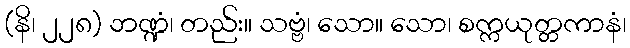
(နိ၊ ၂၂၈) ဘဏ္ဍံ၊ တည်း။ သဗ္ဗံ၊ သော။ သော၊ စက္ကယုတ္တကာနံ၊